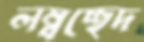
লম্বচ্ছেদ